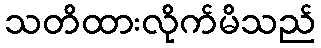
သတိထားလိုက်မိသည်